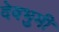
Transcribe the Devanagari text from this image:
देवभुमी